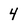
Character: 4